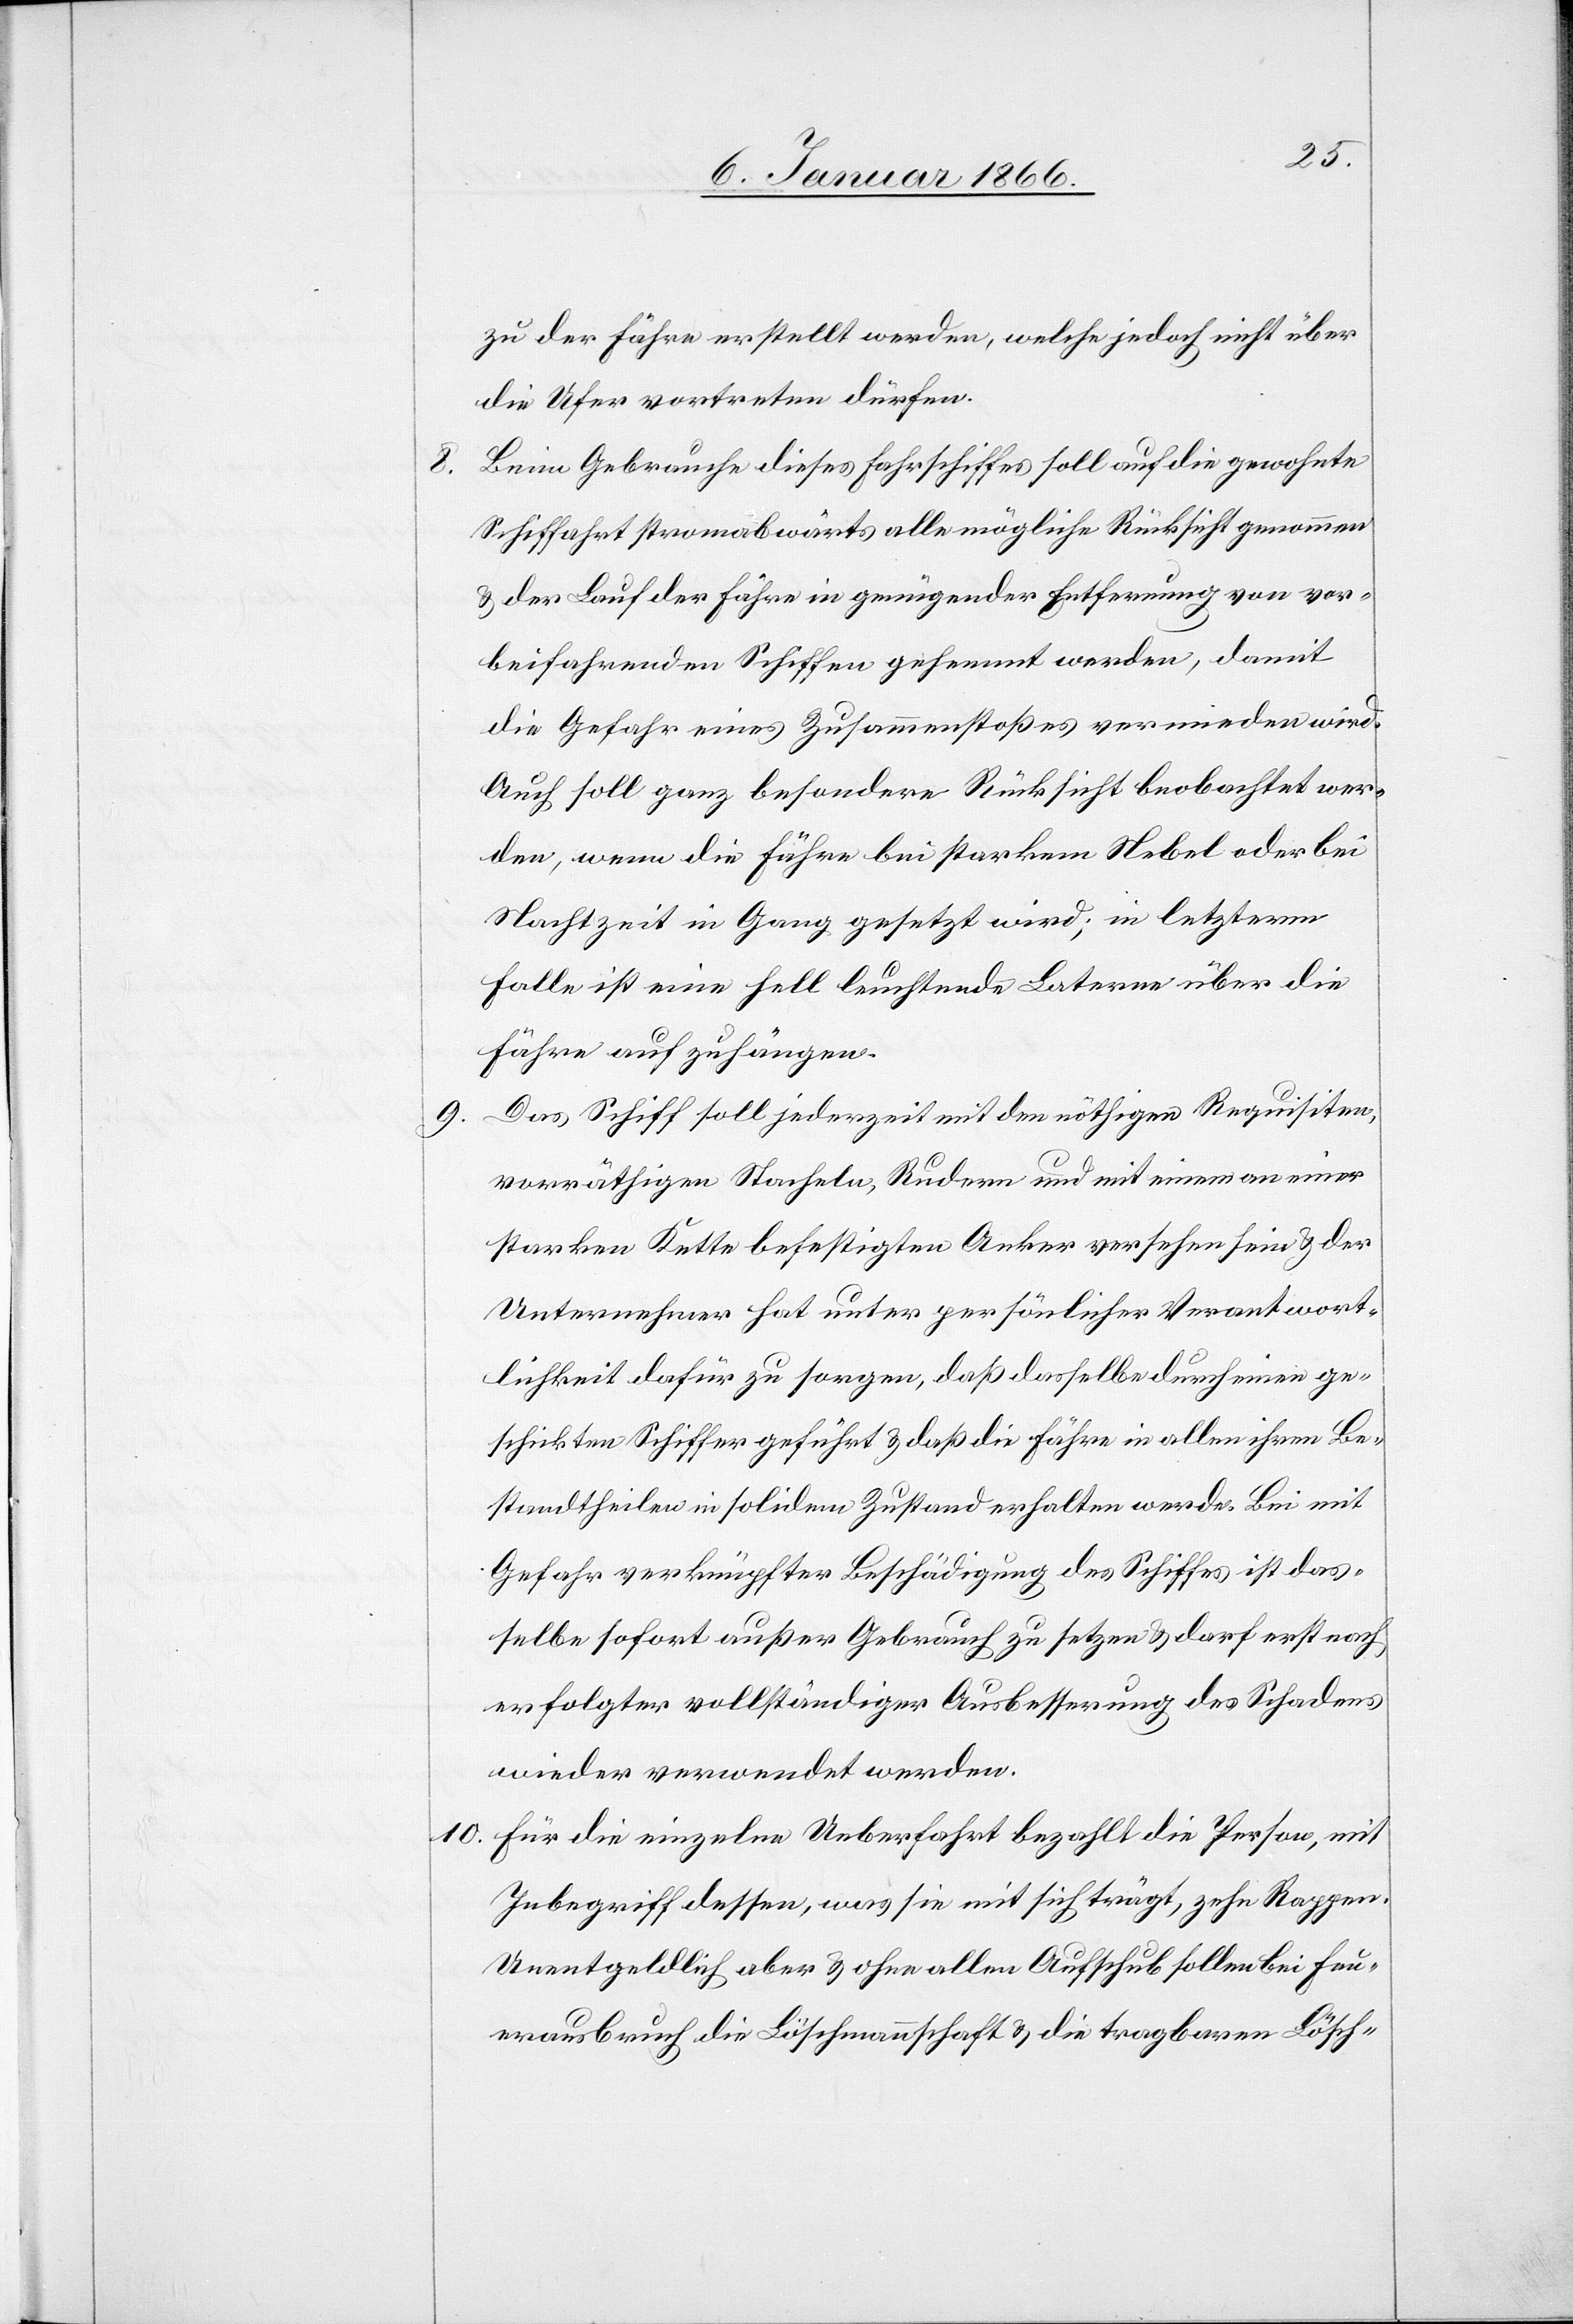
zu der Fähre erstellt werden, welche jedoch nicht über
die Ufer vortreten dürfen.
Beim Gebrauche dieses Fährschiffes soll auf die gewohnte
Schiffahrt stromabwärts alle mögliche Rücksicht genommen
u. der Lauf der Fähre in genügender Entfernung von vor¬
beifahrenden Schiffen gehemmt werden, damit
die Gefahr eines Zusammenstoßes vermieden wird.
Auch soll ganz besonders Rücksicht beobachtet wer¬
den, wenn die Fähre bei starkem Nebel oder bei
Nachtzeit in Gang gesetzt wird; in letzterm
Falle ist eine hell leuchtende Laterne über die
Fähre aufzuhängen.
Das Schiff soll jederzeit mit den nöthigen Requisiten,
vernünftigen Stacheln, Rudern und mit einem an einer
starken Kette befestigten Anker versehen sein u. der
Unternehmer hat unter persönlicher Verantwort¬
lichkeit dafür zu sorgen, daß dasselbe durch einen ge¬
schickten Schiffer geführt u. daß die Fähre in allen ihren Be¬
standtheilen in solidem Zustand erhalten werde. Bei mit
Gefahr verknüpfter Beschädigung des Schiffes ist das¬
selbe sofort außer Gebrauch zu setzen u. darf erst nach
erfolgter vollständiger Ausbesserung des Schadens
wieder verwendet werden.
Für die einzelne Ueberfahrt bezahlt die Person, mit
Inbegriff dessen, was sie mit sich trägt, zehn Rappen.
Unentgeltlich aber u. ohne allen Aufschub sollen bei Feu¬
erausbruch die Löschmannschaft u. die tragbaren Lösch-